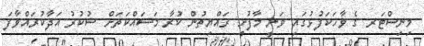
މިނިސްޓަރ ގެ ވާހަކަފުޅުގައި ވަނީ މާފުށީ ރައްޔިތުން ކުރާ މަސައްކަތަށް ޝުކުރު އަދާކުރައްވާފަ